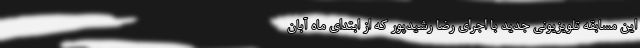
این مسابقه تلویزیونی جدید با اجرای رضا رشیدپور که از ابتدای ماه آبان